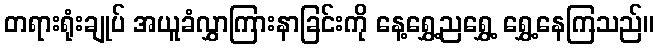
တရားရုံးချုပ် အယူခံလွှာကြားနာခြင်းကို နေ့ရွှေ့ညရွှေ့ ရွှေ့နေကြသည်။